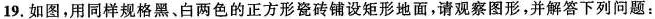
19.如图，用同样规格黑、白两色的正方形瓷砖铺设矩形地面，请观察图形，并解答下列问题：